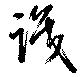
識